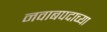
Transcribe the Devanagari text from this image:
नवाबपदाच्या